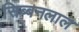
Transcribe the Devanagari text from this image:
सिब्‍बनलाल